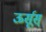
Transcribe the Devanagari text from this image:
ऊर्सूस्